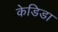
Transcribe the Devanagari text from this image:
केडिडा